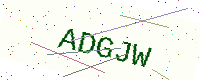
Text: ADGJW